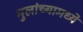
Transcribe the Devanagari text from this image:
मुलांच्यामध्ये